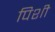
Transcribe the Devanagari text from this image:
पिशी